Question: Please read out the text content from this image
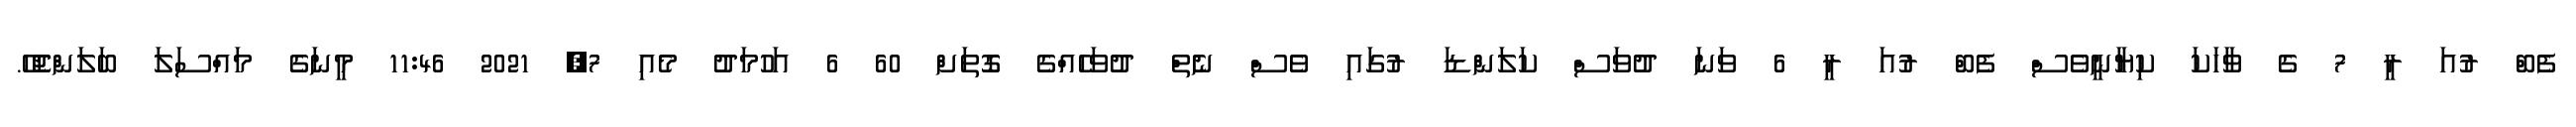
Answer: ފެބް ރުއަ ރީ 7 ގެ ވާހަކަ ކިޔާނީވެސް ފެބް ރުއަ ރީ 6 ވަނަ ދުވަސް ކަލަންޑަ ރުގައި ވެސް ނެތް ދުވަހެއްގެ ގޮތަށް 60 6 އަހުމަދު މެއި 7, 2021 11:46 މީނަގެ މައްސަލަ ބަލަންޖެހޭ.